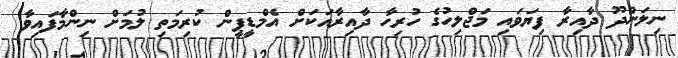
ނިލަންދޫ ދާއިރާ ފިޔަވައި މަޖްލިހުގެ ހުރިހާ ދާއިރާއަކަށް އެމްޑީޕީން ކުރިމަތި ލުމަށް ނިންމާފައިވާ